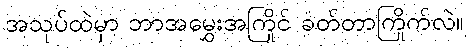
အသုပ်ထဲမှာ ဘာအမွှေးအကြိုင် ခတ်တာကြိုက်လဲ။